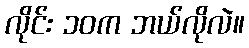
လိုင်း ၁၀က ဘယ်လိုလဲ။